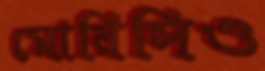
মোরিসিও